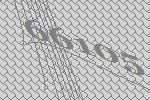
66105